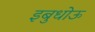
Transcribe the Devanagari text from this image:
इबुधोऊ